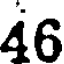
46